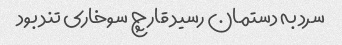
سرد به دستمان رسید قارچ سوخاری تند بود